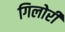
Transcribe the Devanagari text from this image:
गिलोरी